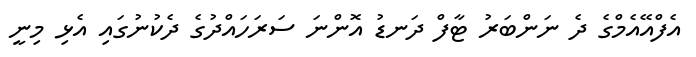
އެފްއޭއެމްގެ ދެ ނަންބަރު ޓާފް ދަނޑު އޮންނަ ސަރަހައްދުގެ ދެކުނުގައި އެޅި މިނީ